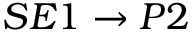
S E 1 \rightarrow P 2